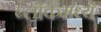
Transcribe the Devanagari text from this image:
ब्लॉकमध्‍ये